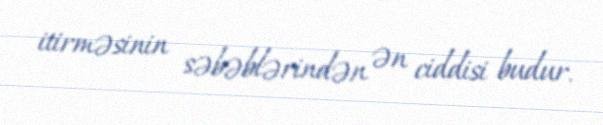
itirməsinin səbəblərindən ən ciddisi budur.